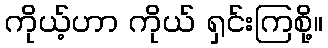
ကိုယ့်ဟာ ကိုယ် ရှင်းကြစို့။